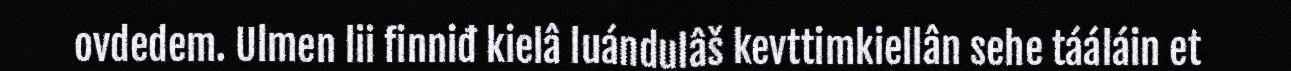
ovdedem. Ulmen lii finniđ kielâ luándulâš kevttimkiellân sehe tááláin et